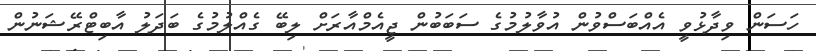
ހަސަން ވިދާޅުވީ އެއްބަސްވުން އުވާލުމުގެ ސަބަބުން ޖީއެމްއާރަށް ލިބޭ ގެއްލުމުގެ ބަދަލު އާބިޓްރޭޝަނުން